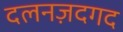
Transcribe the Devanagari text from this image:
दलनज़दगद